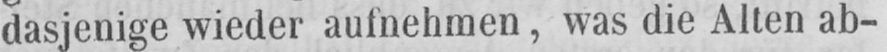
dasjenige wieder aufnehmen, was die Alten ab-